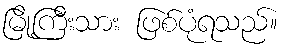
မြို့ကြီးသား ဖြစ်ပုံရသည်။